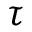
\tau